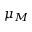
\mu _ { M }